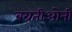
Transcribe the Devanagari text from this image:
बग्रतीओनी